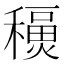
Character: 𥣇